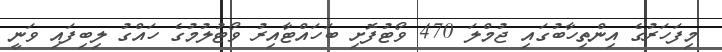
މިފަހަރުގެ އިންތިހާބުގައި ޖުމްލަ 470 ވޯޓުފޮށި ބަހައްޓާއިރު ވޯޓުލުމުގެ ހައްގު ލިބިފައި ވަނީ